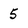
Character: 5